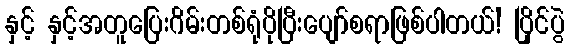
နှင့် နှင့်အတူပြေးဂိမ်းတစ်ရုံပိုပြီးပျော်စရာဖြစ်ပါတယ်! ပြိုင်ပွဲ